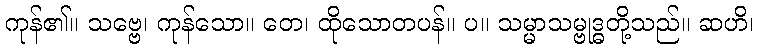
ကုန်၏။ သဗ္ဗေ၊ ကုန်သော။ တေ၊ ထိုသောတပန်။ ပ။ သမ္မာသမ္ဗုဒ္ဓတို့သည်။ ဆဟိ၊